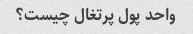
واحد پول پرتغال چیست؟